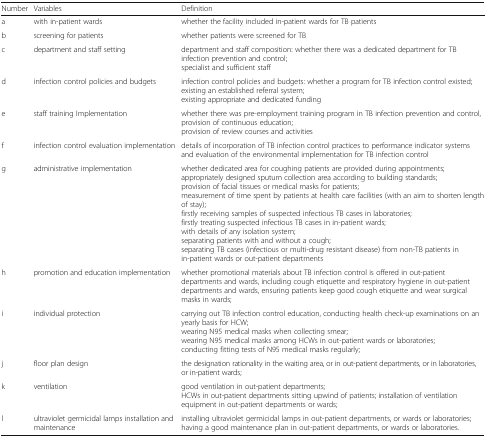
<table><thead><tr><td><b>Number</b></td><td><b>Variables</b></td><td><b>Definition</b></td></tr></thead><tbody><tr><td>a</td><td>with in-patient wards</td><td>whether the facility included in-patient wards for TB patients</td></tr><tr><td>b</td><td>screening for patients</td><td>whether patients were screened for TB</td></tr><tr><td>c</td><td>department and staff setting</td><td>department and staff composition: whether there was a dedicated department for TB infection prevention and control;specialist and sufficient staff</td></tr><tr><td>d</td><td>infection control policies and budgets</td><td>infection control policies and budgets: whether a program for TB infection control existed;existing an established referral system;existing appropriate and dedicated funding</td></tr><tr><td>e</td><td>staff training Implementation</td><td>whether there was pre-employment training program in TB infection prevention and control, provision of continuous education;provision of review courses and activities</td></tr><tr><td>f</td><td>infection control evaluation implementation</td><td>details of incorporation of TB infection control practices to performance indicator systems and evaluation of the environmental implementation for TB infection control</td></tr><tr><td>g</td><td>administrative implementation</td><td>whether dedicated area for coughing patients are provided during appointments;appropriately designed sputum collection area according to building standards;provision of facial tissues or medical masks for patients;measurement of time spent by patients at health care facilities (with an aim to shorten length of stay);firstly receiving samples of suspected infectious TB cases in laboratories;firstly treating suspected infectious TB cases in in-patient wards;with details of any isolation system;separating patients with and without a cough;separating TB cases (infectious or multi-drug resistant disease) from non-TB patients in in-patient wards or out-patient departments</td></tr><tr><td>h</td><td>promotion and education implementation</td><td>whether promotional materials about TB infection control is offered in out-patient departments and wards, including cough etiquette and respiratory hygiene in out-patient departments and wards, ensuring patients keep good cough etiquette and wear surgical masks in wards;</td></tr><tr><td>i</td><td>individual protection</td><td>carrying out TB infection control education, conducting health check-up examinations on an yearly basis for HCW;wearing N95 medical masks when collecting smear;wearing N95 medical masks among HCWs in out-patient wards or laboratories;conducting fitting tests of N95 medical masks regularly;</td></tr><tr><td>j</td><td>floor plan design</td><td>the designation rationality in the waiting area, or in out-patient departments, or in laboratories, or in-patient wards;</td></tr><tr><td>k</td><td>ventilation</td><td>good ventilation in out-patient departments;HCWs in out-patient departments sitting upwind of patients; installation of ventilation equipment in out-patient departments or wards;</td></tr><tr><td>l</td><td>ultraviolet germicidal lamps installation and maintenance</td><td>installing ultraviolet germicidal lamps in out-patient departments, or wards or laboratories;having a good maintenance plan in out-patient departments, or wards or laboratories.</td></tr></tbody></table>